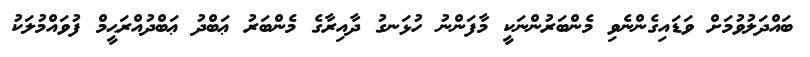
ބައްދަލުވުމަށް ވަޑައިގެންނެވި މެންބަރުންނަކީ މާފަންނު ހުޅަނގު ދާއިރާގެ މެންބަރު ޢަބްދު ޢަބްދުއްރަޙީމް ފުވައްމުލަކު